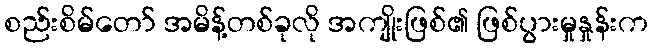
စည်းစိမ်တော် အမိန့်တစ်ခုလို အကျိုးဖြစ်၏ ဖြစ်ပွားမှုနှုန်းက